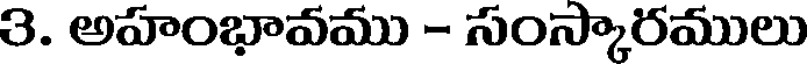
3. అహంభావము - సంస్కారములు